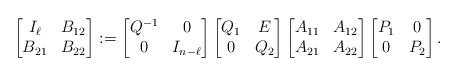
LaTeX: \begin{align*} \begin{bmatrix} I_\ell & B_{12} \\ B_{21} & B_{22} \end{bmatrix} := \begin{bmatrix} Q^{-1}& 0\\ 0 & I_{n-\ell}\end{bmatrix} \begin{bmatrix} Q_1& E\\ 0 & Q_2\end{bmatrix} \begin{bmatrix} A_{11} & A_{12}\\ A_{21} & A_{22}\end{bmatrix} \begin{bmatrix} P_1& 0\\ 0 & P_2\end{bmatrix} .\end{align*}